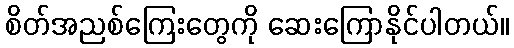
စိတ်အညစ်ကြေးတွေကို ဆေးကြောနိုင်ပါတယ်။